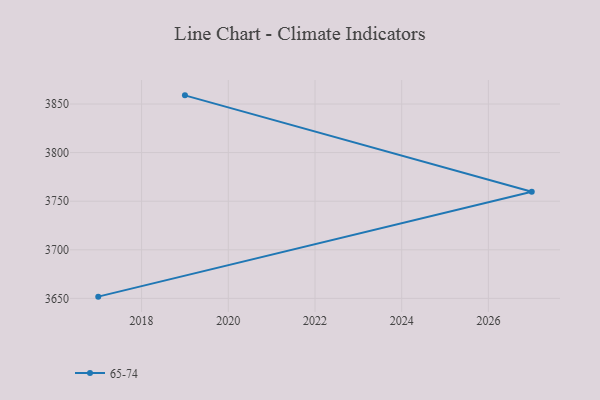
{"axis": {"x": "Year", "y": "Satisfaction Score"}, "legend": ["65-74"], "data": [{"x": "2017", "y": 3651.8, "type": "65-74"}, {"x": "2027", "y": 3759.7, "type": "65-74"}, {"x": "2019", "y": 3858.9, "type": "65-74"}]}